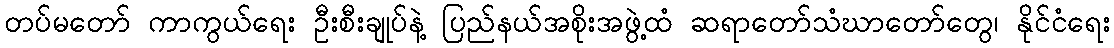
တပ်မတော် ကာကွယ်ရေး ဦးစီးချုပ်နဲ့ ပြည်နယ်အစိုးအဖွဲ့ထံ ဆရာတော်သံဃာတော်တွေ၊ နိုင်ငံရေး